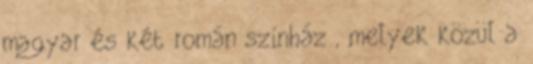
magyar és két román színház , melyek közül a